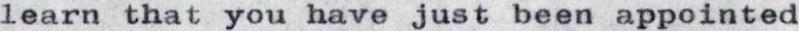
learn that you have just been appointed